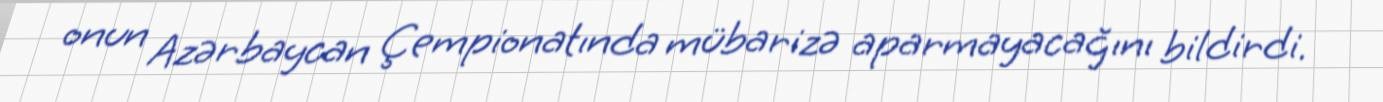
onun Azərbaycan Çempionatında mübarizə aparmayacağını bildirdi.